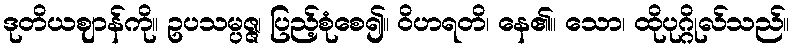
ဒုတိယဈာန်ကို။ ဥပသမ္ပဇ္ဇ၊ ပြည့်စုံစေ၍။ ဝိဟရတိ၊ နေ၏။ သော၊ ထိုပုဂ္ဂိုလ်သည်။